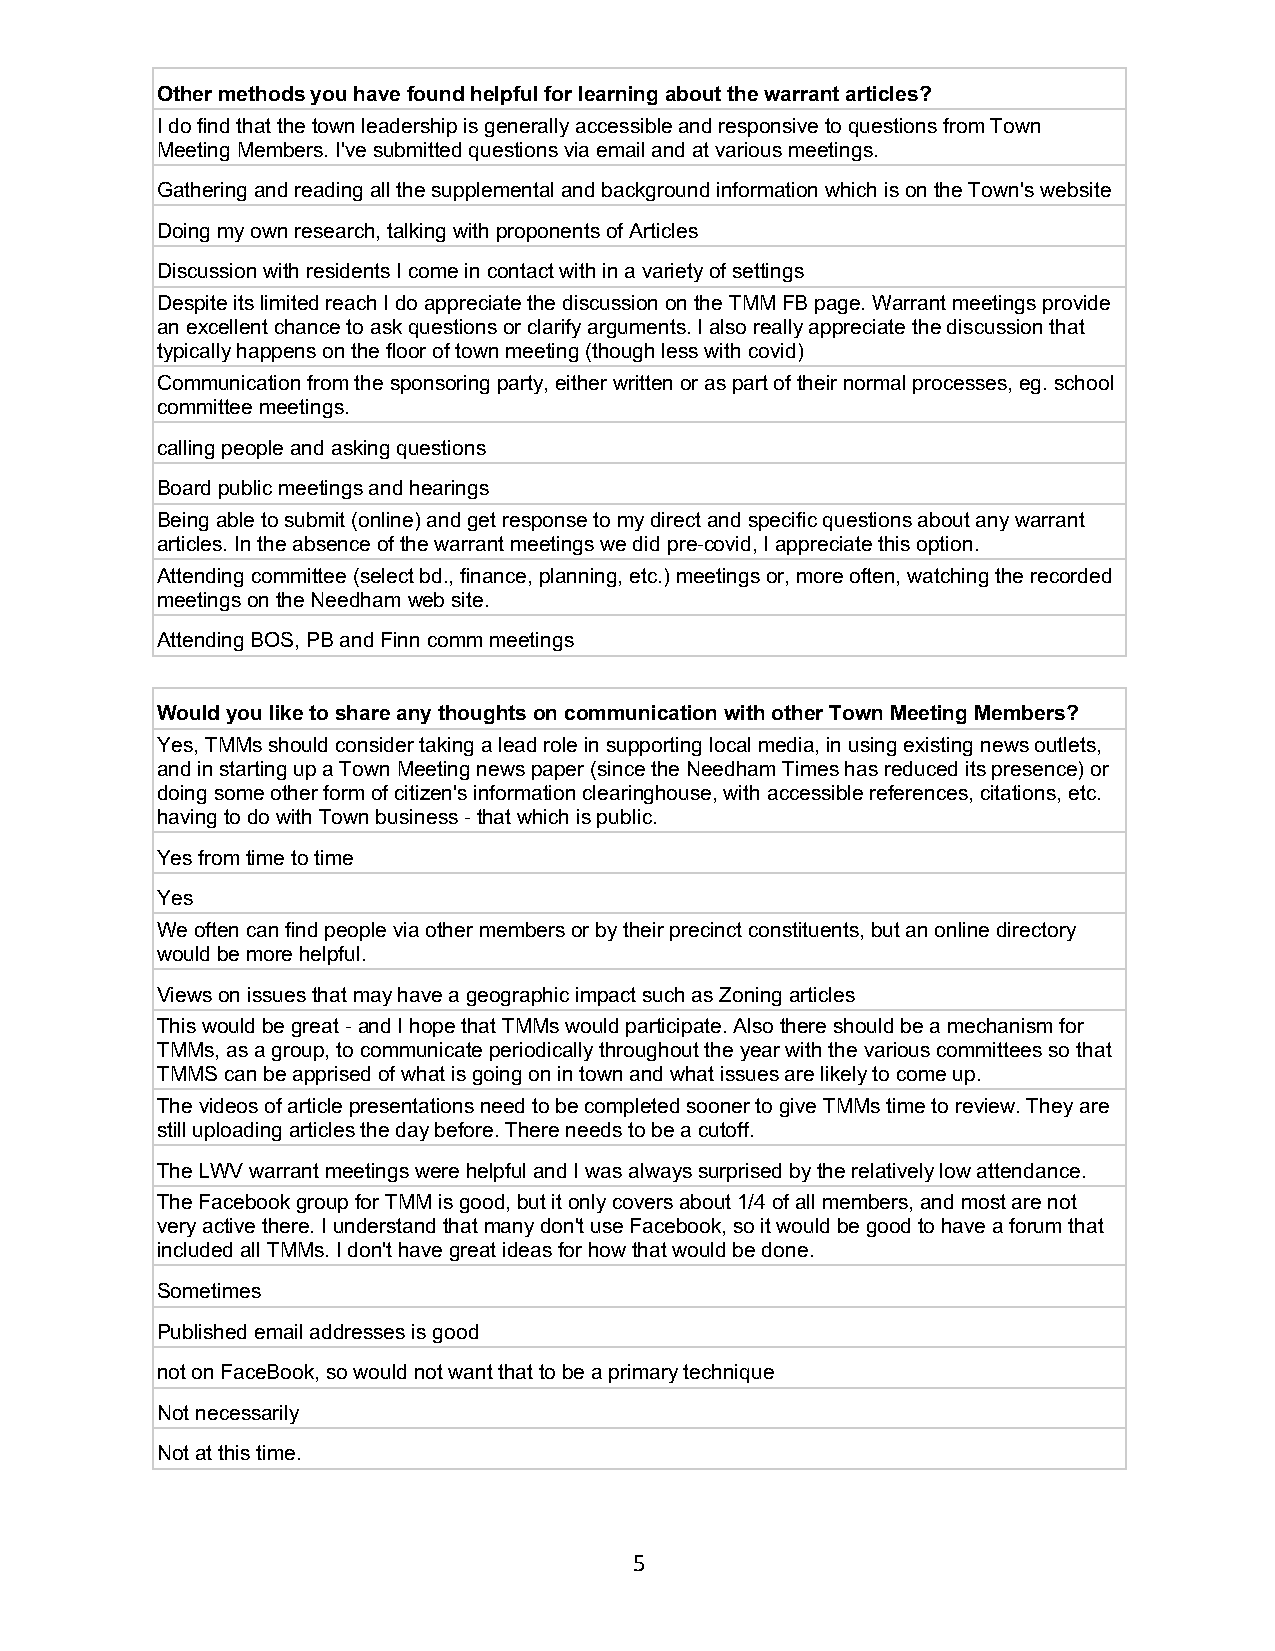
Other methods you have found helpful for learning about the warrant articles?
 I do find that the town leadership is generally accessible and responsive to questions from Town
 Meeting Members. I've submitted questions via email and at various meetings.
 Gathering and reading all the supplemental and background information which is on the Town's website
 Doing my own research, talking with proponents of Articles
 Discussion with residents I come in contact with in a variety of settings
 Despite its limited reach I do appreciate the discussion on the TMM FB page. Warrant meetings provide
 an excellent chance to ask questions or clarify arguments. I also really appreciate the discussion that
 typically happens on the floor of town meeting (though less with covid)
 Communication from the sponsoring party, either written or as part of their normal processes, eg. school
 committee meetings.
 calling people and asking questions
 Board public meetings and hearings
 Being able to submit (online) and get response to my direct and specific questions about any warrant
 articles. In the absence of the warrant meetings we did pre-covid, I appreciate this option.
 Attending committee (select bd., finance, planning, etc.) meetings or, more often, watching the recorded
 meetings on the Needham web site.
 Attending BOS, PB and Finn comm meetings
 Would you like to share any thoughts on communication with other Town Meeting Members?
 Yes, TMMs should consider taking a lead role in supporting local media, in using existing news outlets,
 and in starting up a Town Meeting news paper (since the Needham Times has reduced its presence) or
 doing some other form of citizen's information clearinghouse, with accessible references, citations, etc.
 having to do with Town business - that which is public.
 Yes from time to time
 Yes
 We often can find people via other members or by their precinct constituents, but an online directory
 would be more helpful.
 Views on issues that may have a geographic impact such as Zoning articles
 This would be great - and I hope that TMMs would participate. Also there should be a mechanism for
 TMMs, as a group, to communicate periodically throughout the year with the various committees so that
 TMMS can be apprised of what is going on in town and what issues are likely to come up.
 The videos of article presentations need to be completed sooner to give TMMs time to review. They are
 still uploading articles the day before. There needs to be a cutoff.
 The LWV warrant meetings were helpful and I was always surprised by the relatively low attendance.
 The Facebook group for TMM is good, but it only covers about 1/4 of all members, and most are not
 very active there. I understand that many don't use Facebook, so it would be good to have a forum that
 included all TMMs. I don't have great ideas for how that would be done.
 Sometimes
 Published email addresses is good
 not on FaceBook, so would not want that to be a primary technique
 Not necessarily
 Not at this time.
 5